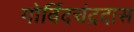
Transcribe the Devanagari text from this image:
गोर्विदचंद्रदास